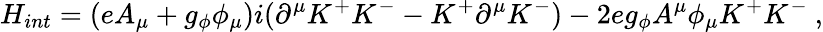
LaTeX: H_{int}=(eA_{\mu}+g_{\phi}\phi_{\mu})i(\partial^{\mu}K^{+}K^{-}-K^{+}\partial^{\mu}K^{-})-2eg_{\phi}A^{\mu}\phi_{\mu}K^{+}K^{-}\ ,